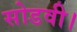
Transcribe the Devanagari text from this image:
सोडवी।